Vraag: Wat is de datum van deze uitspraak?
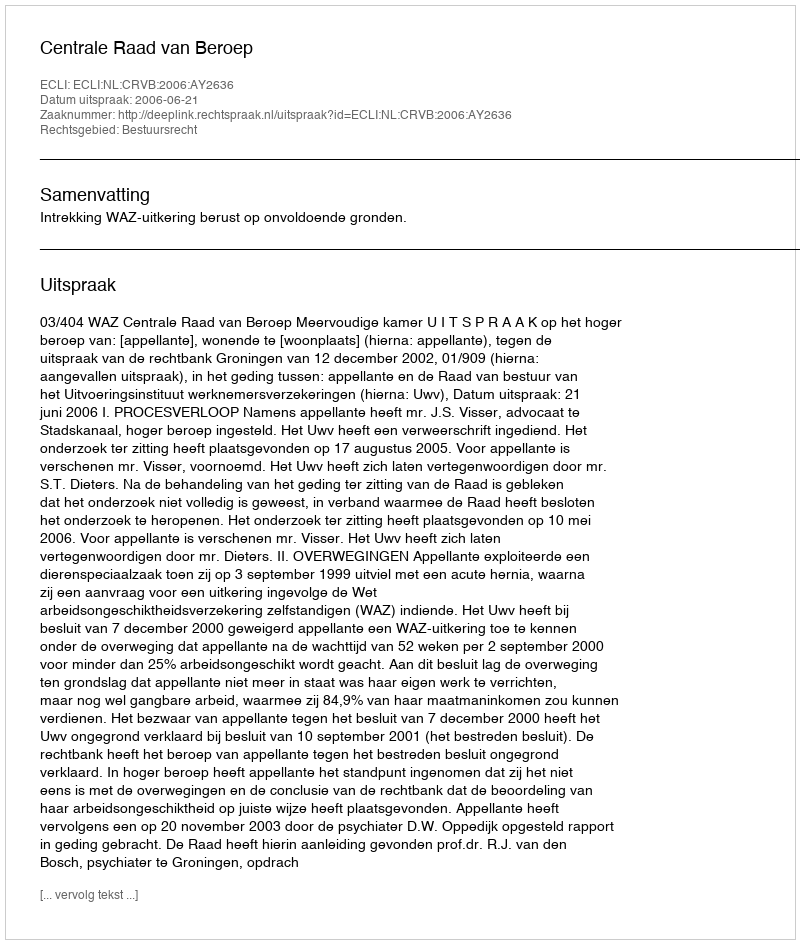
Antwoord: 2006-06-21